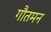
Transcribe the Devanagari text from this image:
गौतमन